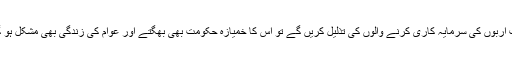
جب اربوں کی سرمایہ کاری کرنے والوں کی تذلیل کریں گے تو اس کا خمیازہ حکومت بھی بھگتے اور عوام کی زندگی بھی مشکل ہو گی۔